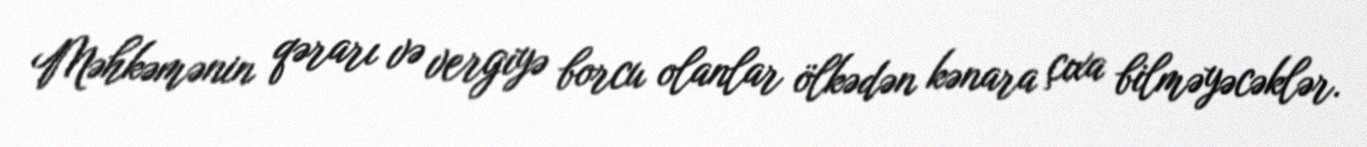
Məhkəmənin qərarı və vergiyə borcu olanlar ölkədən kənara çıxa bilməyəcəklər.